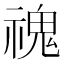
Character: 𩲡